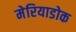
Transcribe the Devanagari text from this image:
मेरियाडोक